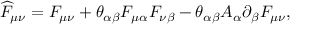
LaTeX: \widehat { F } _ { \mu \nu } = F _ { \mu \nu } + \theta _ { \alpha \beta } F _ { \mu \alpha } F _ { \nu \beta } - \theta _ { \alpha \beta } A _ { \alpha } \partial _ { \beta } F _ { \mu \nu } ,